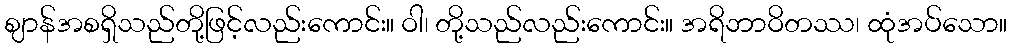
ဈာန်အစရှိသည်တို့ဖြင့်လည်းကောင်း။ ဝါ၊ တို့သည်လည်းကောင်း။ အရိဘာဝိတဿ၊ ထုံအပ်သော။